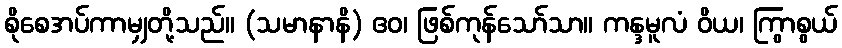
စိုစေအပ်ကာမျှတို့သည်။ (သမာနာနိ) ဧဝ၊ ဖြစ်ကုန်သော်သာ။ ကန္ဒမူလံ ဝိယ၊ ကြွာစွယ်